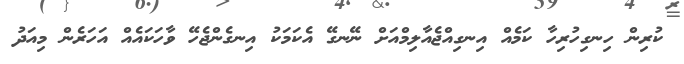
ކުރިން ހިނގިހުރިހާ ކަމެއް އިނގިއްޖެއާލިމްއަށް ނޭނގޭ އެކަމަކު އިނގެންޖެހޭ ވާހަކައެއް އަހަރެން މިއަދު